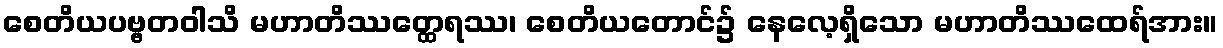
စေတိယပဗ္ဗတဝါသိ မဟာတိဿတ္ထေရဿ၊ စေတိယတောင်၌ နေလေ့ရှိသော မဟာတိဿထေရ်အား။